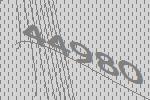
44980